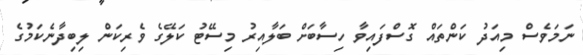
ނަމަވެސް މިއަދު ކަންތައް ގޮސްފައިވާ ހިސާބަށް ބަލާއިރު މިސޭޓު ކަލޭގެ ވެރިކަން ލިބިދާނެކަމުގެ